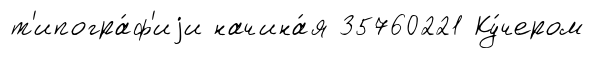
т'ипогра́ф'иjи начина́я 35760221 Ку́чером